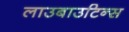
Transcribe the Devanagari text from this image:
लाउबाउटिन्स